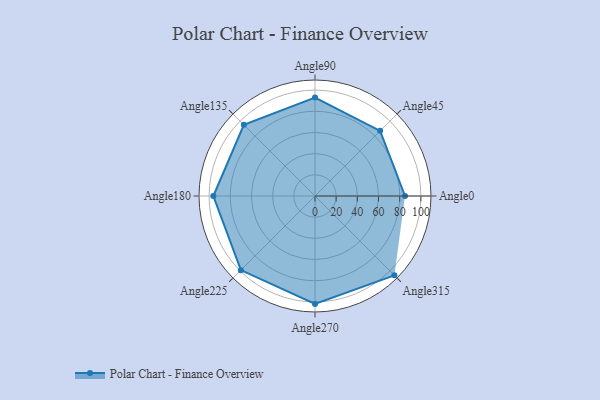
{"axis": {"x": "Angle", "y": "Radius"}, "legend": [""], "data": [{"x": "Angle0", "y": 85.0, "type": ""}, {"x": "Angle45", "y": 87.0, "type": ""}, {"x": "Angle90", "y": 93.0, "type": ""}, {"x": "Angle135", "y": 95.0, "type": ""}, {"x": "Angle180", "y": 96.0, "type": ""}, {"x": "Angle225", "y": 99.0, "type": ""}, {"x": "Angle270", "y": 102.0, "type": ""}, {"x": "Angle315", "y": 106.0, "type": ""}]}